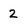
Character: 2